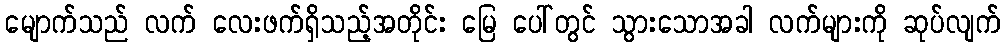
မျောက်သည် လက် လေးဖက်ရှိသည့်အတိုင်း မြေ ပေါ်တွင် သွားသောအခါ လက်များကို ဆုပ်လျက်